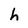
Character: h